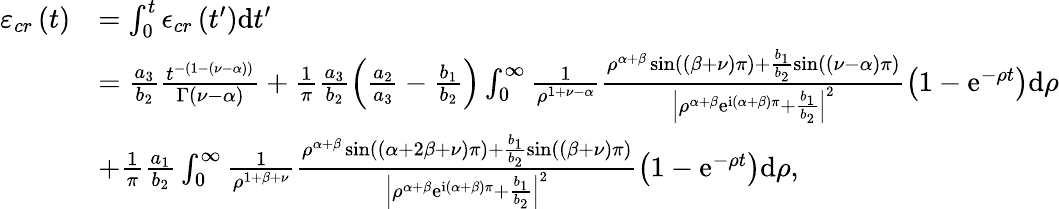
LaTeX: \begin{array}{rl}{\varepsilon_{cr}\left(t\right)}&{=\int_{0}^{t}\epsilon_{cr}\left(t^{\prime}\right)\mathrm{d}t^{\prime}}\\ &{=\frac{a_{3}}{b_{2}}\frac{t^{-\left(1-\left(\nu-\alpha\right)\right)}}{\Gamma\left(\nu-\alpha\right)}+\frac{1}{\pi}\frac{a_{3}}{b_{2}}\left(\frac{a_{2}}{a_{3}}-\frac{b_{1}}{b_{2}}\right)\int_{0}^{\infty}\frac{1}{\rho^{1+\nu-\alpha}}\frac{\rho^{\alpha+\beta}\sin\left(\left(\beta+\nu\right)\pi\right)+\frac{b_{1}}{b_{2}}\sin\left(\left(\nu-\alpha\right)\pi\right)}{\left\vert\rho^{\alpha+\beta}\mathrm{e}^{\mathrm{i}\left(\alpha+\beta\right)\pi}+\frac{b_{1}}{b_{2}}\right\vert^{2}}\left(1-\mathrm{e}^{-\rho t}\right)\mathrm{d}\rho}\\ &{+\frac{1}{\pi}\frac{a_{1}}{b_{2}}\int_{0}^{\infty}\frac{1}{\rho^{1+\beta+\nu}}\frac{\rho^{\alpha+\beta}\sin\left(\left(\alpha+2\beta+\nu\right)\pi\right)+\frac{b_{1}}{b_{2}}\sin\left(\left(\beta+\nu\right)\pi\right)}{\left\vert\rho^{\alpha+\beta}\mathrm{e}^{\mathrm{i}\left(\alpha+\beta\right)\pi}+\frac{b_{1}}{b_{2}}\right\vert^{2}}\left(1-\mathrm{e}^{-\rho t}\right)\mathrm{d}\rho,}\end{array}